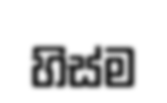
හිස්ම